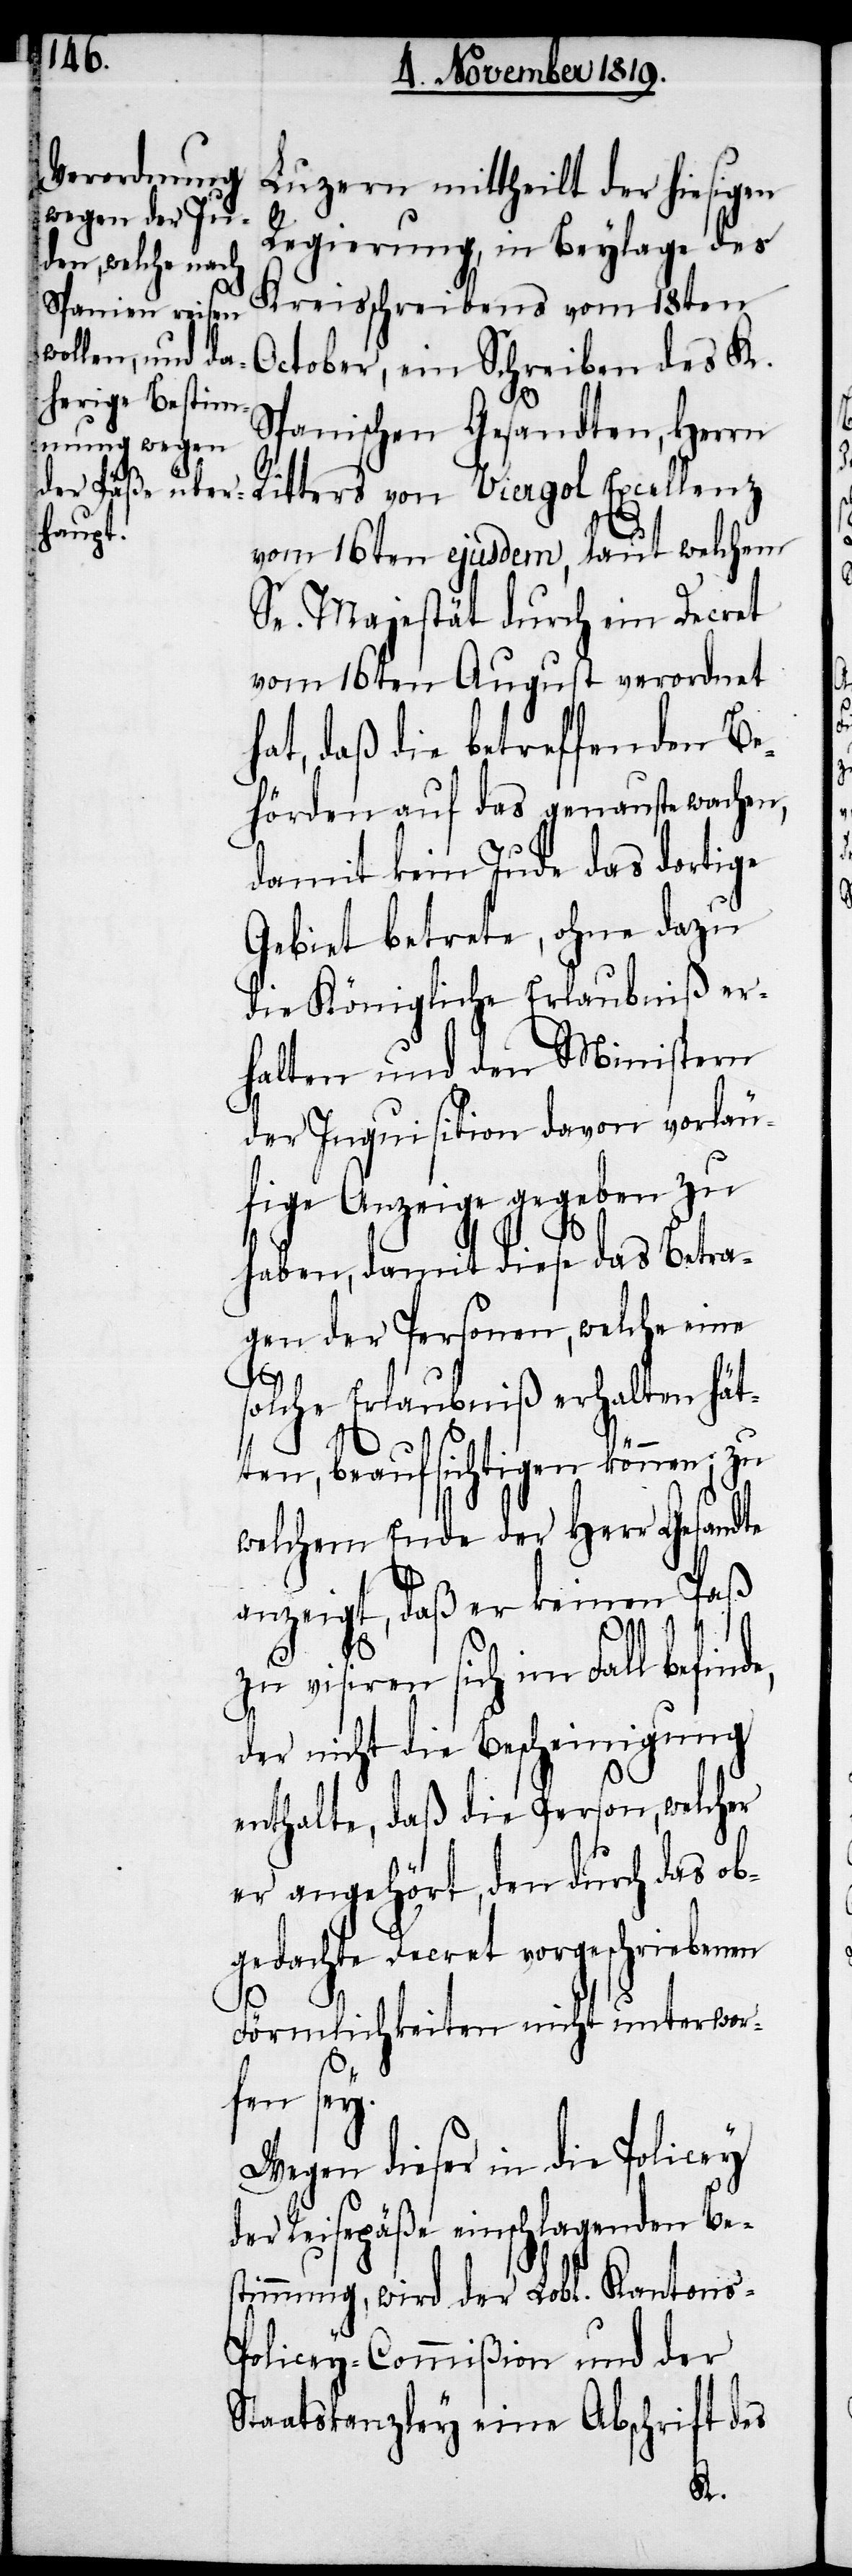
Luzern mittheilt der hiesigen
Regierung, in Beylage des
Kreisschreibens vom 18ten
October, ein Schreiben des K.
Spanischen Gesandten, Herrn
Ritters von Viergol Excellenz
vom 16ten ejusdem, laut welchem
Se. Majestät durch ein Decret
vom 16ten August verordnet
hat, daß die betreffenden Be¬
hörden auf das genauste wachen,
damit kein Jude das dortige
Gebiet betrete, ohne dazu
die Königliche Erlaubniß er¬
halten und den Ministern
der Inquisition davon vorläu¬
fige Anzeige gegeben zu
haben, damit diese das Betra¬
gen der Personen, welche eine
solche Erlaubniß erhalten hät¬
ten, beaufsichtigen können; zu
welchem Ende der Herr Gesandte
anzeigt, daß er keinen Paß
zu visiren sich im Fall befinde,
der nicht die Bescheinigung
enthalte, daß die Person, welcher
er angehört, den durch das ob¬
gedachte Decret vorgeschriebenen
Förmlichkeiten nicht unterworf¬
en sey.
Wegen dieser in die Policey
der Reisepäße einschlagenden Be¬
stimmung, wird der Lobl. Kantons-P¬
olicey-Commißion und der
Staatskanzley eine Abschrift des